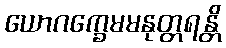
ယောဂက္ခေမမနုတ္တရန္တိ